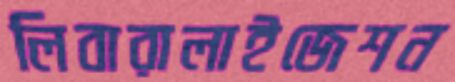
লিবারালাইজেশন